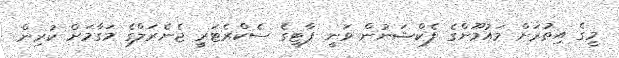
މީގެ އިތުރަށް މައުމޫންގެ ފެކްޝަނުން ވަނީ ޕާޓީގެ ސެކްރެޓަރީ ޖެނެރަލްގެ މަގާމަށް ކުރިން